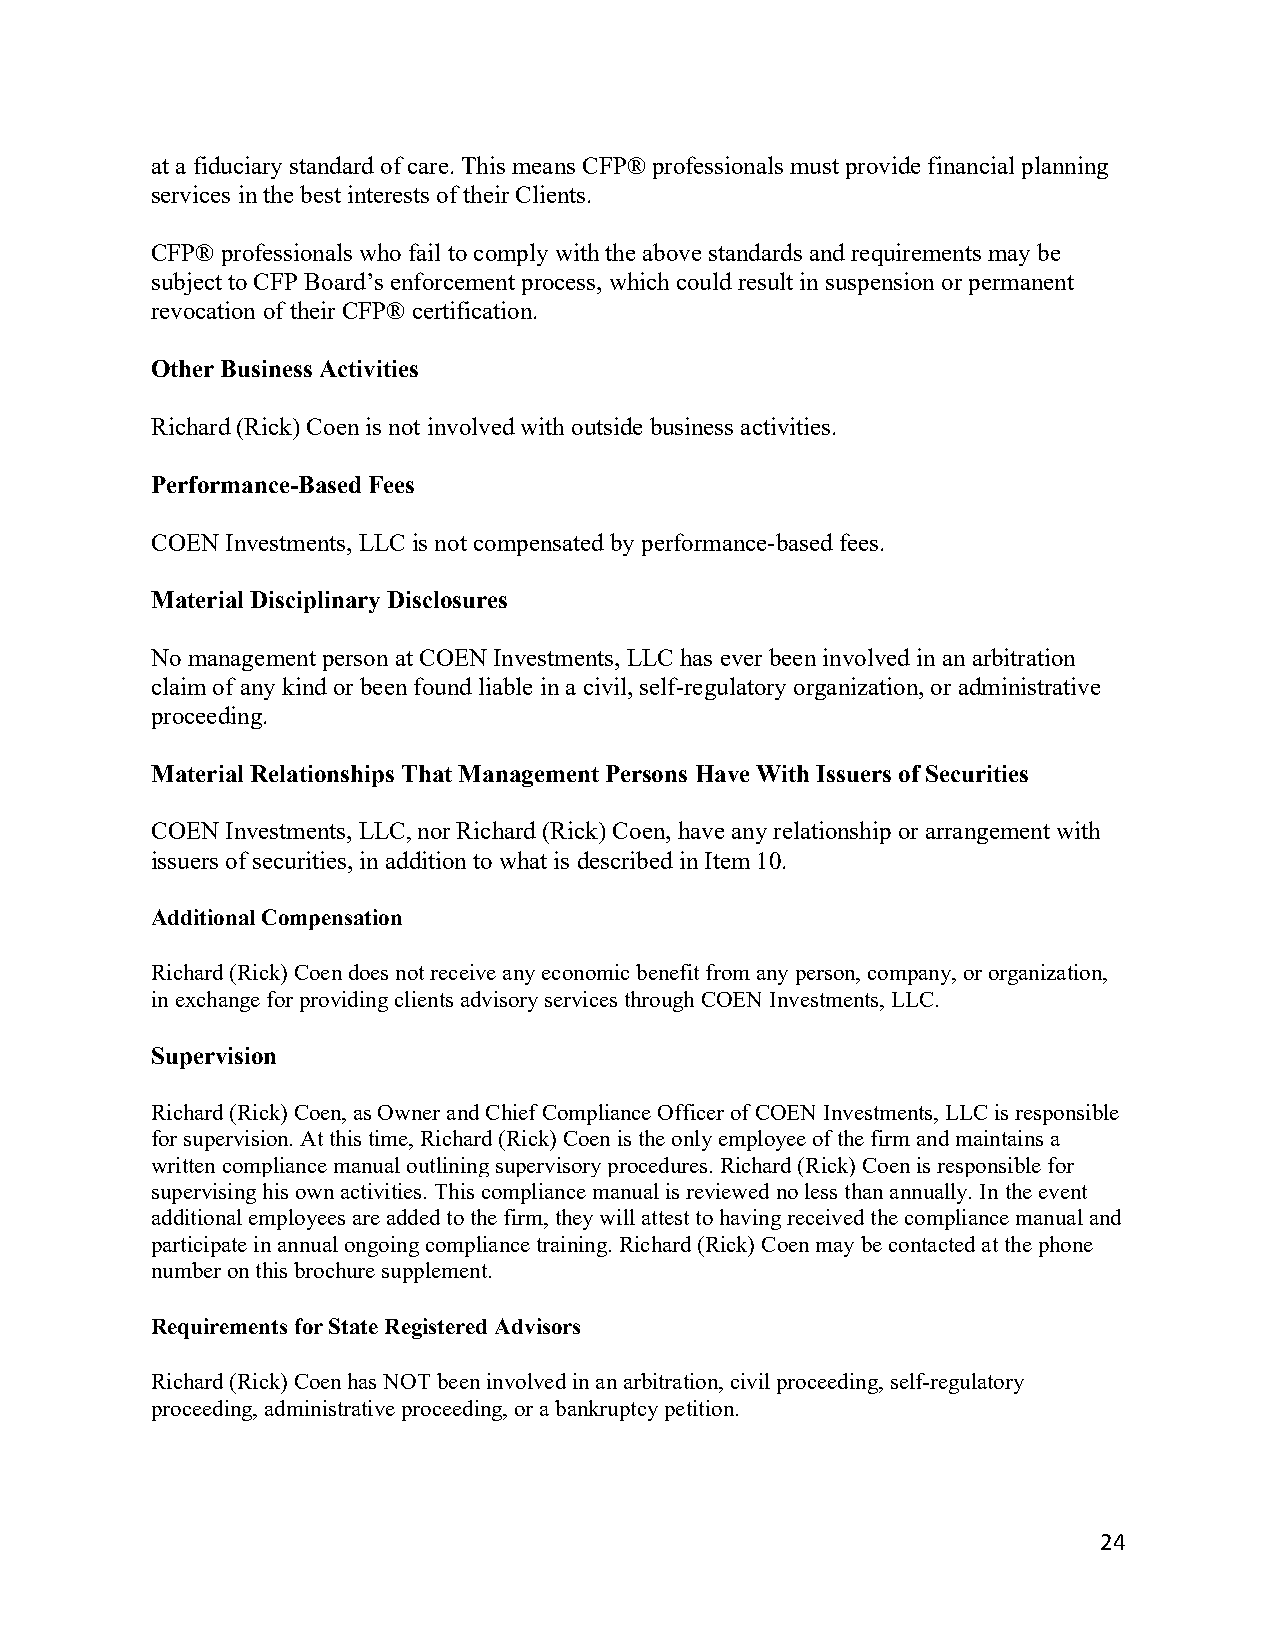
at a fiduciary standard of care. This means CFP® professionals must provide financial planning
 services in the best interests of their Clients.
 CFP® professionals who fail to comply with the above standards and requirements may be
 subject to CFP Board’s enforcement process, which could result in suspension or permanent
 revocation of their CFP® certification.
 Other Business Activities
 Richard (Rick) Coen is not involved with outside business activities.
 Performance-Based Fees
 COEN Investments, LLC is not compensated by performance-based fees.
 Material Disciplinary Disclosures
 No management person at COEN Investments, LLC has ever been involved in an arbitration
 claim of any kind or been found liable in a civil, self-regulatory organization, or administrative
 proceeding.
 Material Relationships That Management Persons Have With Issuers of Securities
 COEN Investments, LLC, nor Richard (Rick) Coen, have any relationship or arrangement with
 issuers of securities, in addition to what is described in Item 10.
 Additional Compensation
 Richard (Rick) Coen does not receive any economic benefit from any person, company, or organization,
 in exchange for providing clients advisory services through COEN Investments, LLC.
 Supervision
 Richard (Rick) Coen, as Owner and Chief Compliance Officer of COEN Investments, LLC is responsible
 for supervision. At this time, Richard (Rick) Coen is the only employee of the firm and maintains a
 written compliance manual outlining supervisory procedures. Richard (Rick) Coen is responsible for
 supervising his own activities. This compliance manual is reviewed no less than annually. In the event
 additional employees are added to the firm, they will attest to having received the compliance manual and
 participate in annual ongoing compliance training. Richard (Rick) Coen may be contacted at the phone
 number on this brochure supplement.
 Requirements for State Registered Advisors
 Richard (Rick) Coen has NOT been involved in an arbitration, civil proceeding, self-regulatory
 proceeding, administrative proceeding, or a bankruptcy petition.
 24